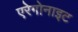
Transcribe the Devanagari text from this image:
एरेगोनाइट